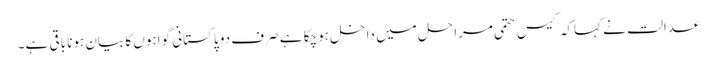
عدالت نے کہاکہ کیس حتمی مراحل میں داخل ہوچکا ہے صرف دو پاکستانی گواہوں کا بیان ہونا باقی ہے۔